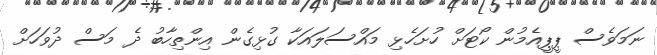
ނަމަވެސް ޕީޕީއެމުން ކޯޓަށް ހުށަހެޅި މައްސަލައަކާ ގުޅިގެން އިންތިހާބު ދެ މަސް ދުވަހަށް